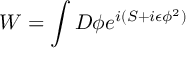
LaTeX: W = \int { \cal D } \phi e ^ { i ( S + i \epsilon \phi ^ { 2 } ) }